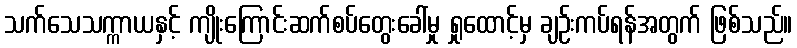
သက်သေသက္ကာယနှင့် ကျိုးကြောင်းဆက်စပ်တွေးခေါ်မှု ရှုထောင့်မှ ချဉ်းကပ်ရန်အတွက် ဖြစ်သည်။